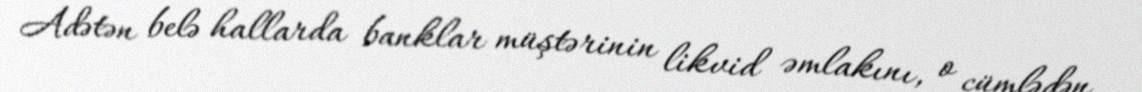
Adətən belə hallarda banklar müştərinin likvid əmlakını, o cümlədən